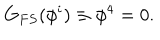
LaTeX: G _ { F S } ( \phi ^ { i } ) \equiv \phi ^ { 4 } = 0 .